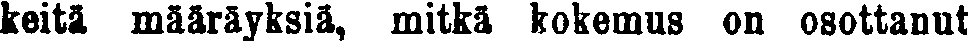
keitä määräyksiä, mitkä kokemus on osottanut